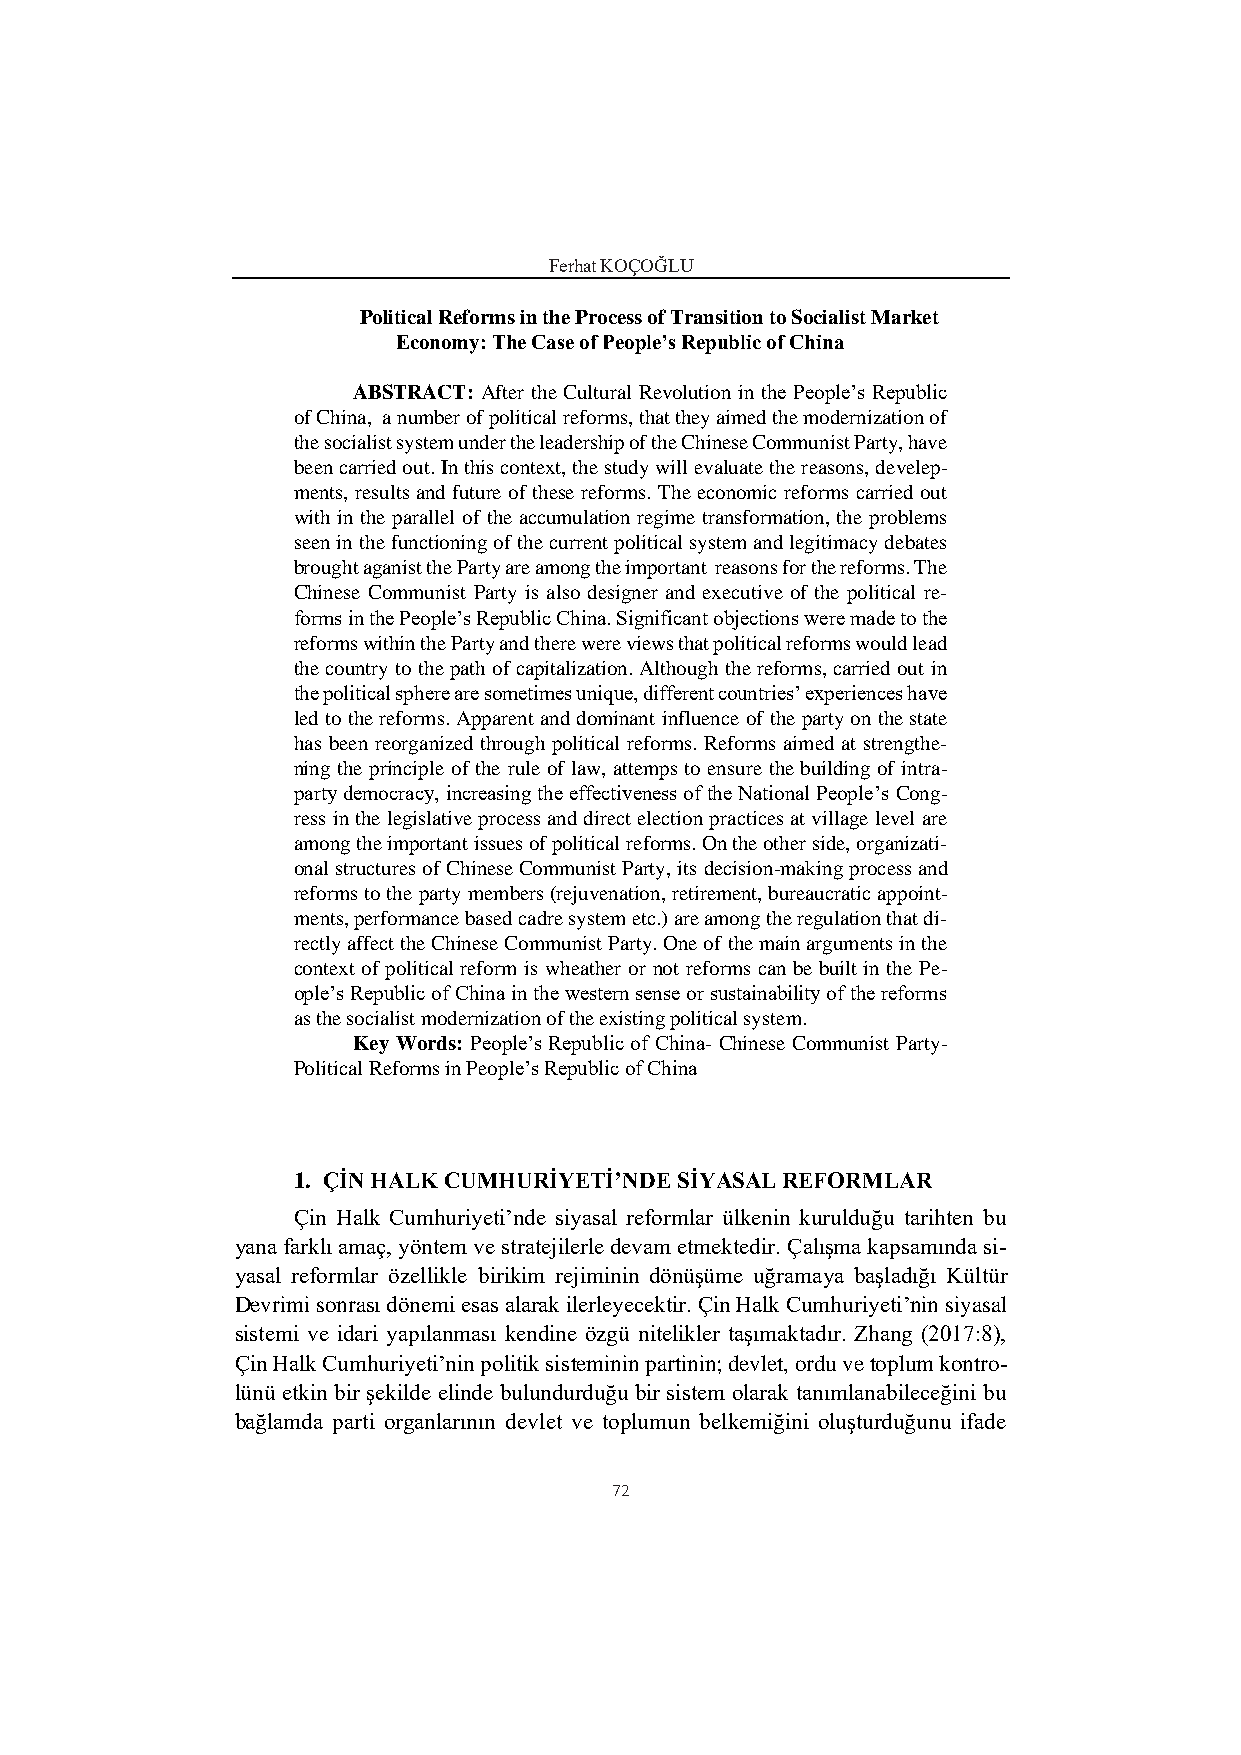
Ferhat KOÇOĞLU
 Political Reforms in the Process of Transition to Socialist Market
 Economy: The Case of People’s Republic of China
 ABSTRACT: After the Cultural Revolution in the People’s Republic
 of China, a number of political reforms, that they aimed the modernization of
 the socialist system under the leadership of the Chinese Communist Party, have
 been carried out. In this context, the study will evaluate the reasons, develep-
 ments, results and future of these reforms. The economic reforms carried out
 with in the parallel of the accumulation regime transformation, the problems
 seen in the functioning of the current political system and legitimacy debates
 brought aganist the Party are among the important reasons for the reforms. The
 Chinese Communist Party is also designer and executive of the political re-
 forms in the People’s Republic China. Significant objections were made to the
 reforms within the Party and there were views that political reforms would lead
 the country to the path of capitalization. Although the reforms, carried out in
 the political sphere are sometimes unique, different countries’ experiences have
 led to the reforms. Apparent and dominant influence of the party on the state
 has been reorganized through political reforms. Reforms aimed at strengthe-
 ning the principle of the rule of law, attemps to ensure the building of intra-
 party democracy, increasing the effectiveness of the National People’s Cong-
 ress in the legislative process and direct election practices at village level are
 among the important issues of political reforms. On the other side, organizati-
 onal structures of Chinese Communist Party, its decision-making process and
 reforms to the party members (rejuvenation, retirement, bureaucratic appoint-
 ments, performance based cadre system etc.) are among the regulation that di-
 rectly affect the Chinese Communist Party. One of the main arguments in the
 context of political reform is wheather or not reforms can be built in the Pe-
 ople’s Republic of China in the western sense or sustainability of the reforms
 as the socialist modernization of the existing political system.
 Key Words: People’s Republic of China- Chinese Communist Party-
 Political Reforms in People’s Republic of China
 1. ÇİN HALK CUMHURİYETİ’NDE SİYASAL REFORMLAR
 Çin Halk Cumhuriyeti’nde siyasal reformlar ülkenin kurulduğu tarihten bu
 yana farklı amaç, yöntem ve stratejilerle devam etmektedir. Çalışma kapsamında si-
 yasal reformlar özellikle birikim rejiminin dönüşüme uğramaya başladığı Kültür
 Devrimi sonrası dönemi esas alarak ilerleyecektir. Çin Halk Cumhuriyeti’nin siyasal
 sistemi ve idari yapılanması kendine özgü nitelikler taşımaktadır. Zhang (2017:8),
 Çin Halk Cumhuriyeti’nin politik sisteminin partinin; devlet, ordu ve toplum kontro-
 lünü etkin bir şekilde elinde bulundurduğu bir sistem olarak tanımlanabileceğini bu
 bağlamda parti organlarının devlet ve toplumun belkemiğini oluşturduğunu ifade
 72